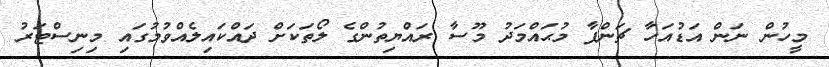
މީހުން ނަން އަޑުއަހާ ޗަންޕާ މުޙައްމަދު މޫސާ ރައްޔިތުންގެ ލޯތަކަށް ދައްކައިލެއްވުމުގައި މިނިސްޓަރު